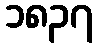
၁၈၃၇